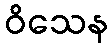
ဝိသေန